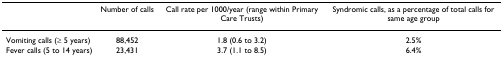
<table><thead><tr><td></td><td><b>Number of calls</b></td><td><b>Call rate per 1000/year (range within Primary Care Trusts)</b></td><td><b>Syndromic calls, as a percentage of total calls for same age group</b></td></tr></thead><tbody><tr><td>Vomiting calls (≥ 5 years)</td><td>88,452</td><td>1.8 (0.6 to 3.2)</td><td>2.5%</td></tr><tr><td>Fever calls (5 to 14 years)</td><td>23,431</td><td>3.7 (1.1 to 8.5)</td><td>6.4%</td></tr></tbody></table>